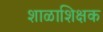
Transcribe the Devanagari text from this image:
शाळाशिक्षक